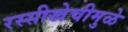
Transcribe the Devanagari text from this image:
रस्सीखेचीमुळे